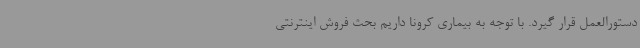
دستورالعمل قرار گیرد. با توجه به بیماری کرونا داریم بحث فروش اینترنتی